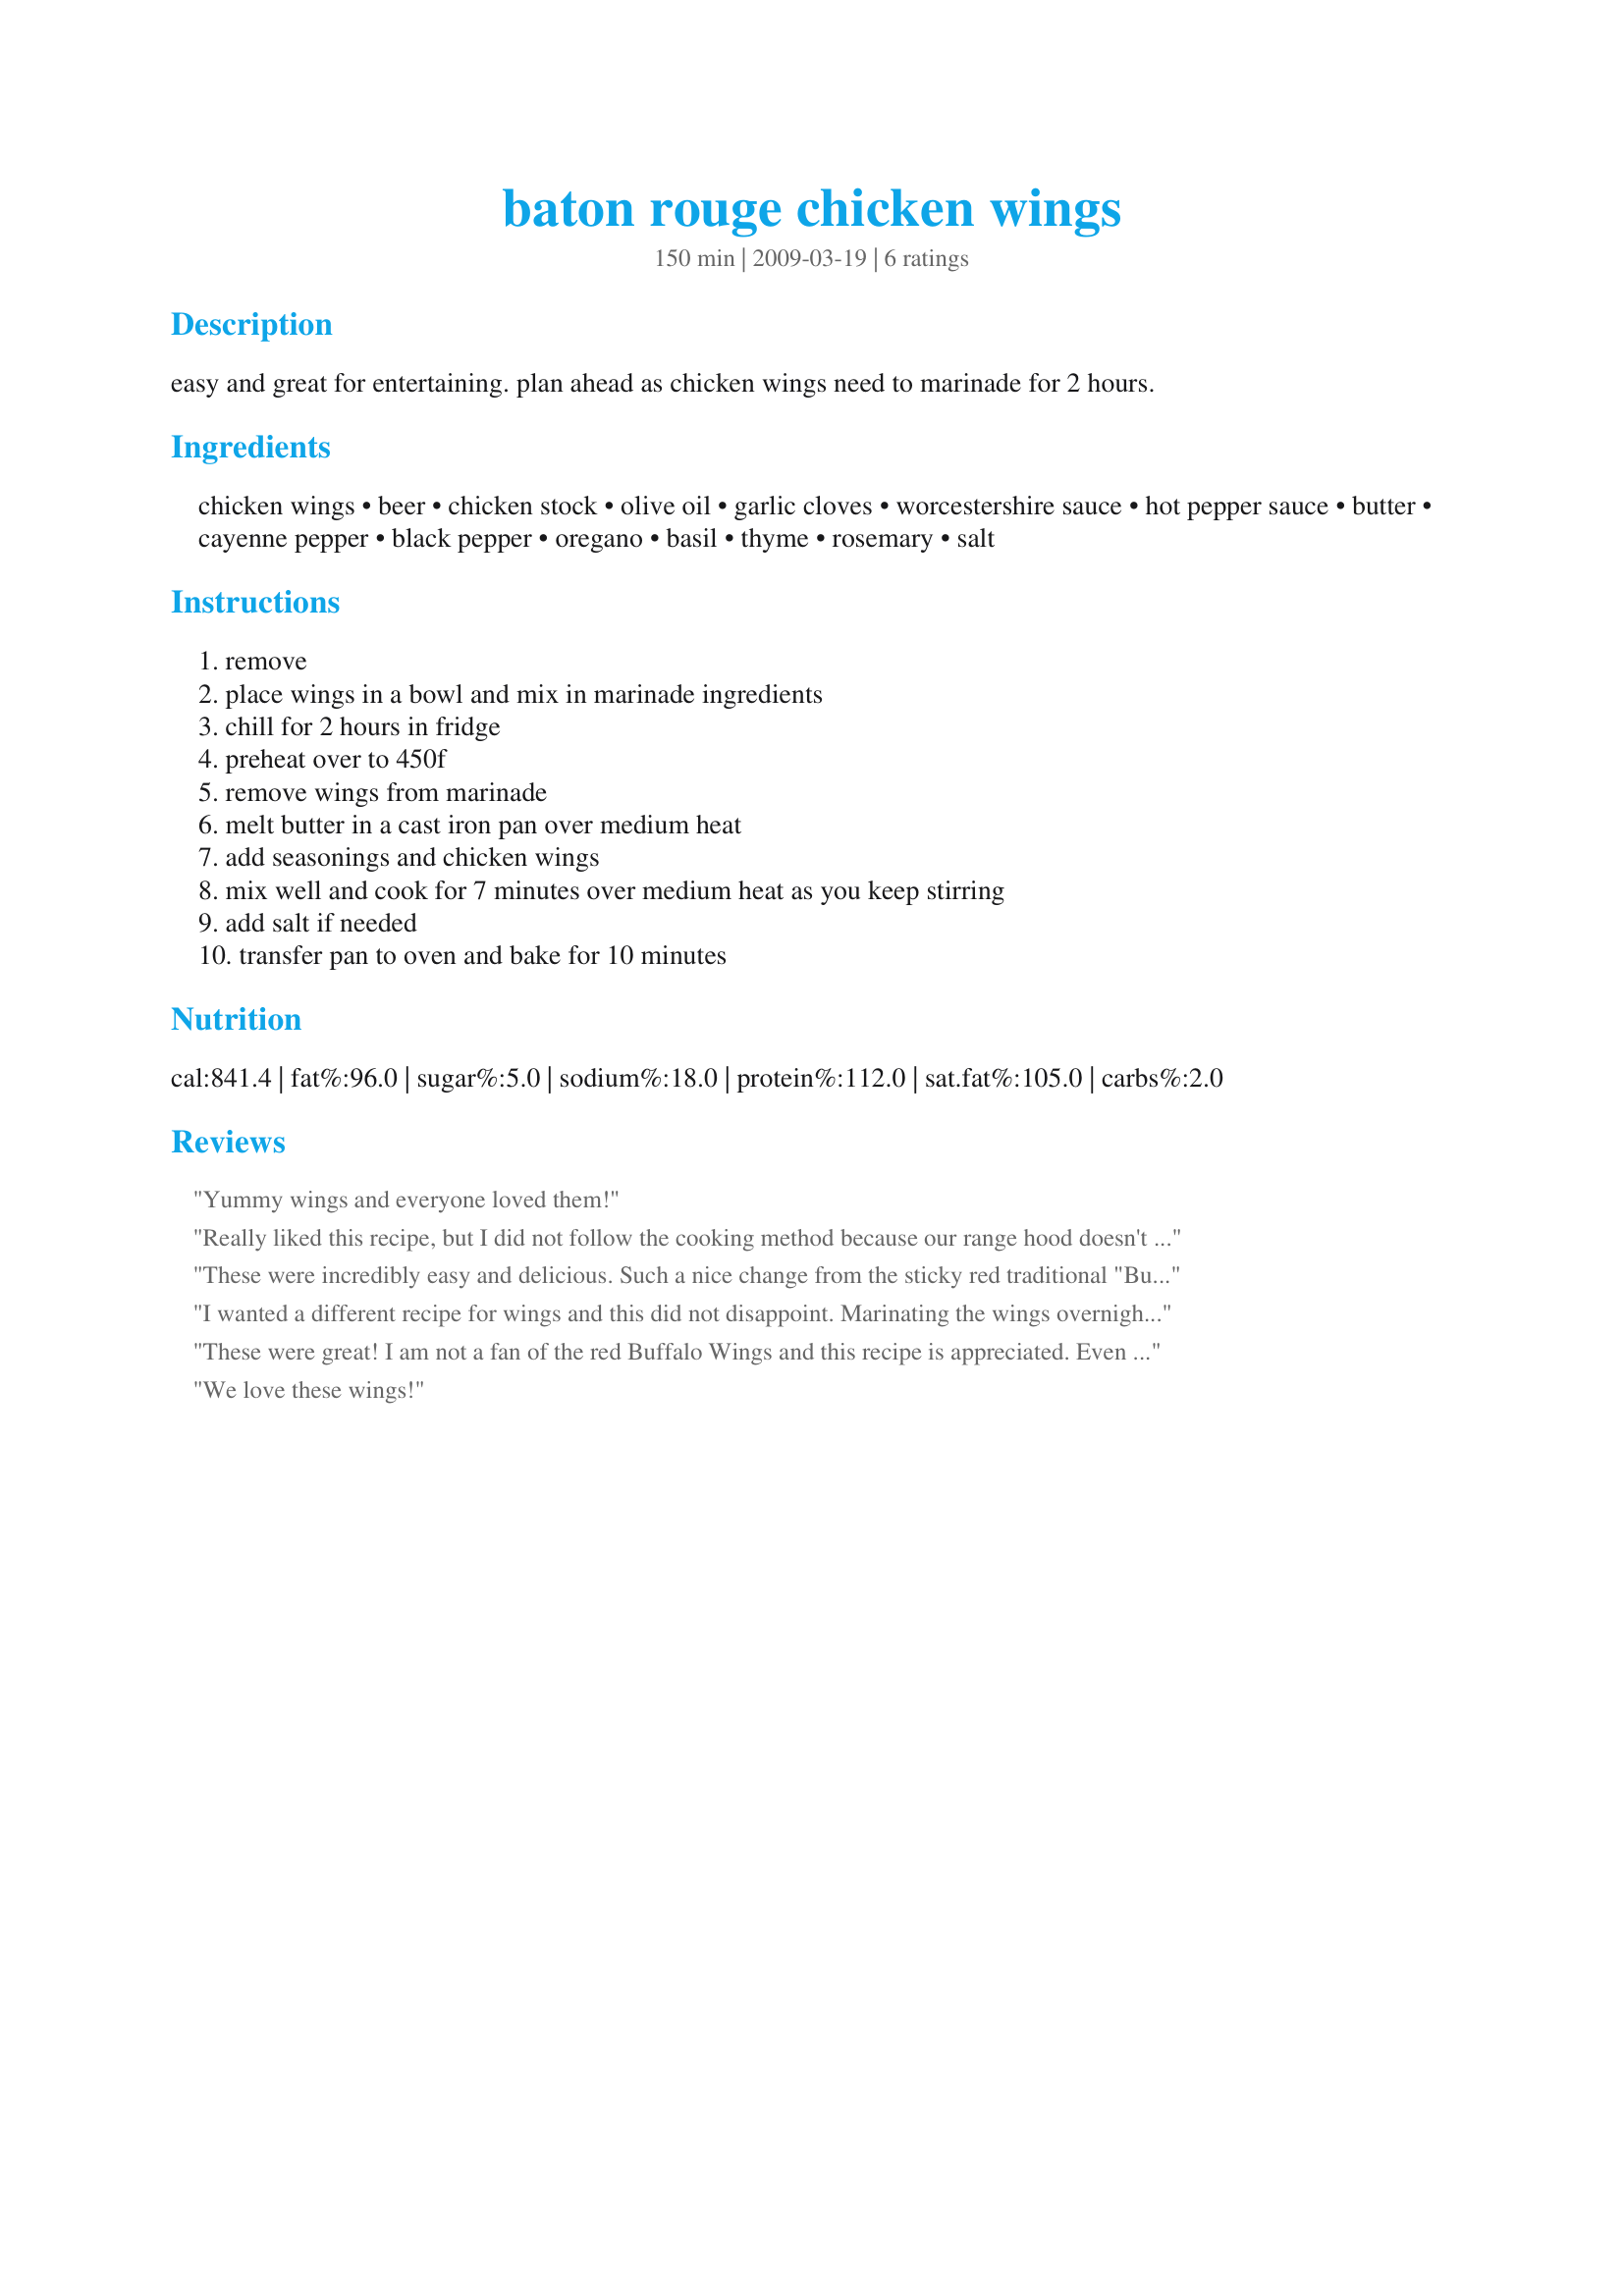
baton rouge chicken wings
Preparation time: 150 minutes

easy and great for entertaining. plan ahead as chicken wings need to marinade for 2 hours.

Ingredients:
chicken wings, beer, chicken stock, olive oil, garlic cloves, worcestershire sauce, hot pepper sauce, butter, cayenne pepper, black pepper, oregano, basil, thyme, rosemary, salt

Steps:
remove, place wings in a bowl and mix in marinade ingredients, chill for 2 hours in fridge, preheat over to 450f, remove wings from marinade, melt butter in a cast iron pan over medium heat, add seasonings and chicken wings, mix well and cook for 7 minutes over medium heat as you keep stirring, add salt if needed, transfer pan to oven and bake for 10 minutes

Reviews:
Yummy wings and everyone loved them!
Really liked this recipe, but I did not follow the cooking method because our range hood doesn't vent outdoors and I hate to smoke up the place. I grilled them on the gas grill at a relatively low flame for a long time. They came out great. For my own personal taste I made up a lime-cilantro sauce and I really enjoyed the whole deal. Thanks for giving us some variety away from the hot sauce or ginger-honey-soy that I love but always make.
These were incredibly easy and delicious. Such a nice change from the sticky red traditional "Buffalo" wings. They will join our "whaddya wanna do with the wings" rotation. Thanks for posting!
I wanted a different recipe for wings and this did not disappoint. Marinating the wings overnight was the only change I made to the recipe. The wings had a great flavor with a little kick . Initially they did not crisp up as much as I expected they would so I baked them a little longer than stated in the recipe.
These were great! I am not a fan of the red Buffalo Wings and this recipe is appreciated. Even the wing aficionado in the house declared them delicious! I used "party wings" and marinated overnight in a ziploc bag. Cooking times were perfect. I may up the amount of cayenne next time, for a little added heat. Made for Spring 2009 PAC.
We love these wings!
